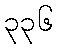
၃၃၆